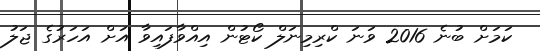
ކަމަަށް ބުނެ 2016 ވަނަ ކްރިމިނަލް ކޯޓުން އިއްވާފައިވާ އަށް އަހަރުގެ ޖަލު